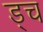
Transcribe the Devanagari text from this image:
ड्च